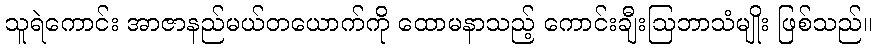
သူရဲကောင်း အာဇာနည်မယ်တယောက်ကို ထောမနာသည့် ကောင်းချီးဩဘာသံမျိုး ဖြစ်သည်။